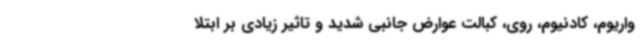
واریوم، کادنیوم، روی، کبالت عوارض جانبی شدید و تاثیر زیادی بر ابتلا